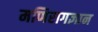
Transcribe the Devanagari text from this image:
मणिरागज्ञान